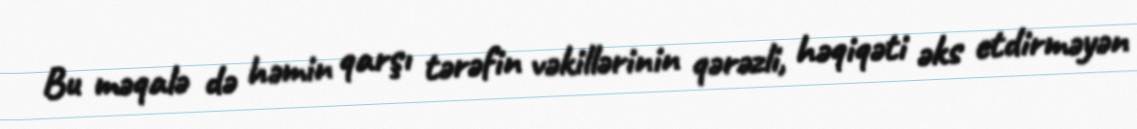
Bu məqalə də həmin qarşı tərəfin vəkillərinin qərəzli, həqiqəti əks etdirməyən